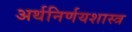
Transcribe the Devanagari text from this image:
अर्थनिर्णयशास्त्र